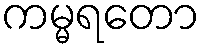
ကမ္မရတော